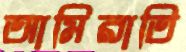
আমিরাতি